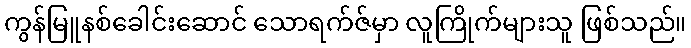
ကွန်မြူနစ်ခေါင်းဆောင် သောရက်ဇ်မှာ လူကြိုက်များသူ ဖြစ်သည်။